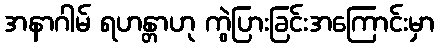
အနာဂါမ် ရဟန္တာဟု ကွဲပြားခြင်းအကြောင်းမှာ